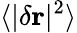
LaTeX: \langle|\delta\mathbf{r}|^{2}\rangle